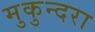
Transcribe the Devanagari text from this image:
मुकुन्दरा